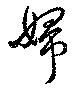
婦